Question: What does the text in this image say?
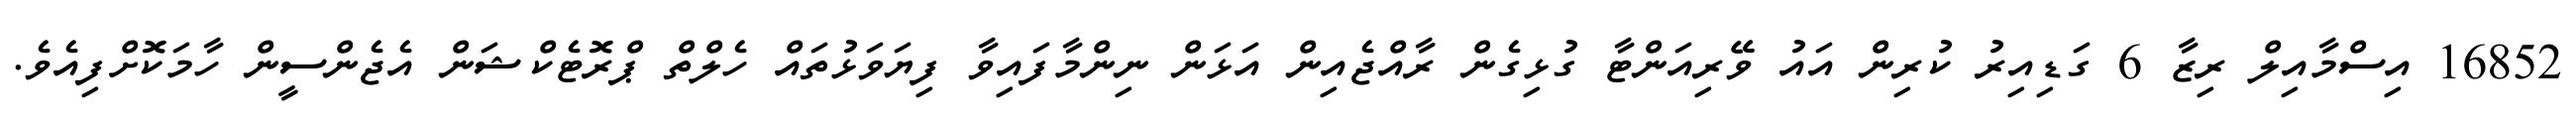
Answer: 16852 އިސްމާއިލް ރިޒާ 6 ގަޑިއިރު ކުރިން އައު ވޭރިއަންޓާ ގުޅިގެން ރާއްޖެއިން އަޅަން ނިންމާފައިވާ ފިޔަވަޅުތައް ހެލްތް ޕްރޮޓެކްޝަން އެޖެންސީން ހާމަކޮށްފިއެވެ.